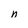
Character: n